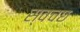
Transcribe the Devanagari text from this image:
स्वचछ